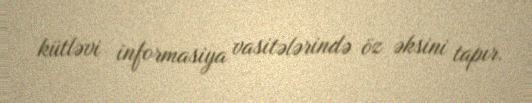
kütləvi informasiya vasitələrində öz əksini tapır.